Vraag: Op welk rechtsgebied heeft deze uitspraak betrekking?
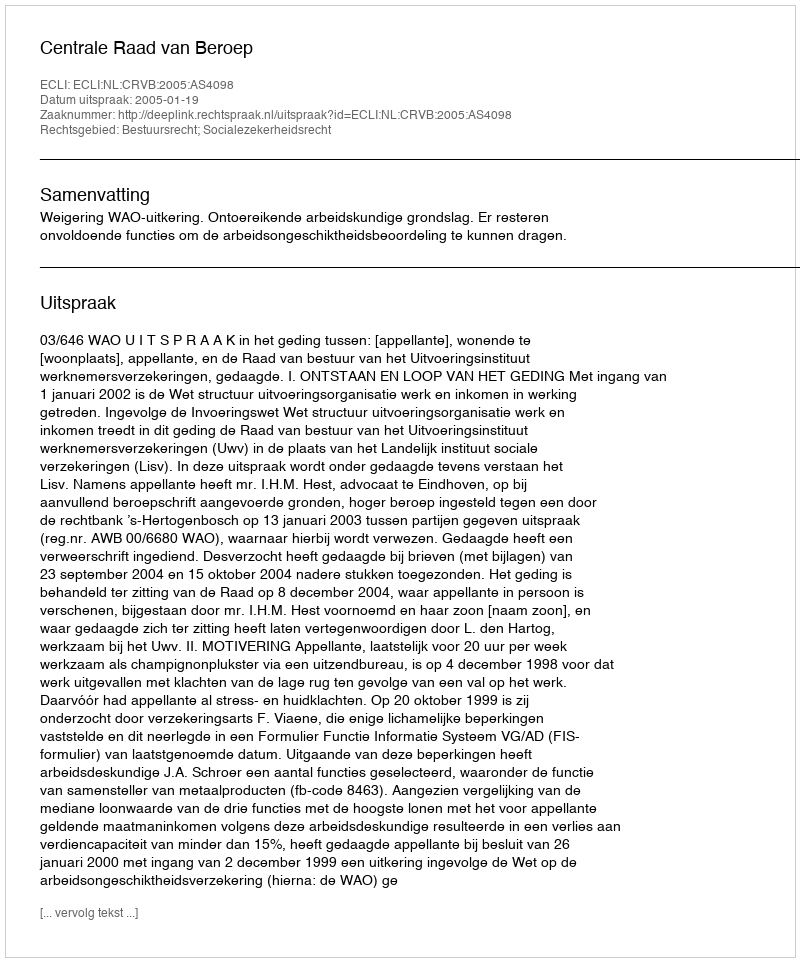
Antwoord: Bestuursrecht; Socialezekerheidsrecht